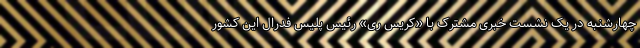
چهارشنبه در یک نشست خبری مشترک با «کریس ری» رئیس پلیس فدرال این کشور